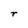
Character: r